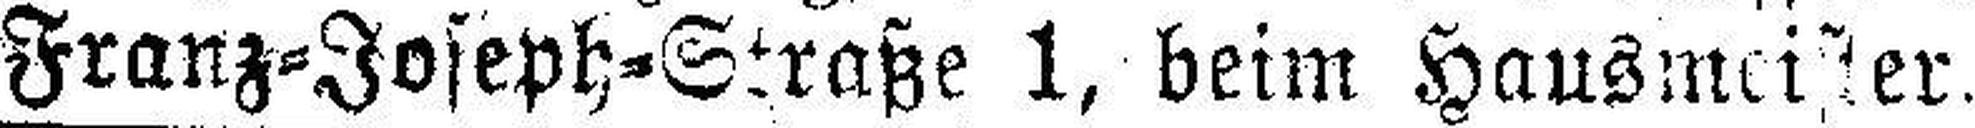
Franz=Joseph=Straße 1, beim Hausmeister.